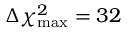
\Delta \chi _ { \mathrm { m a x } } ^ { 2 } = 3 2